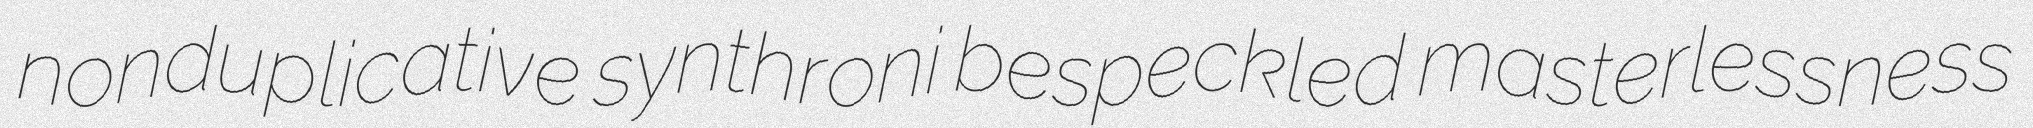
nonduplicative synthroni bespeckled masterlessness